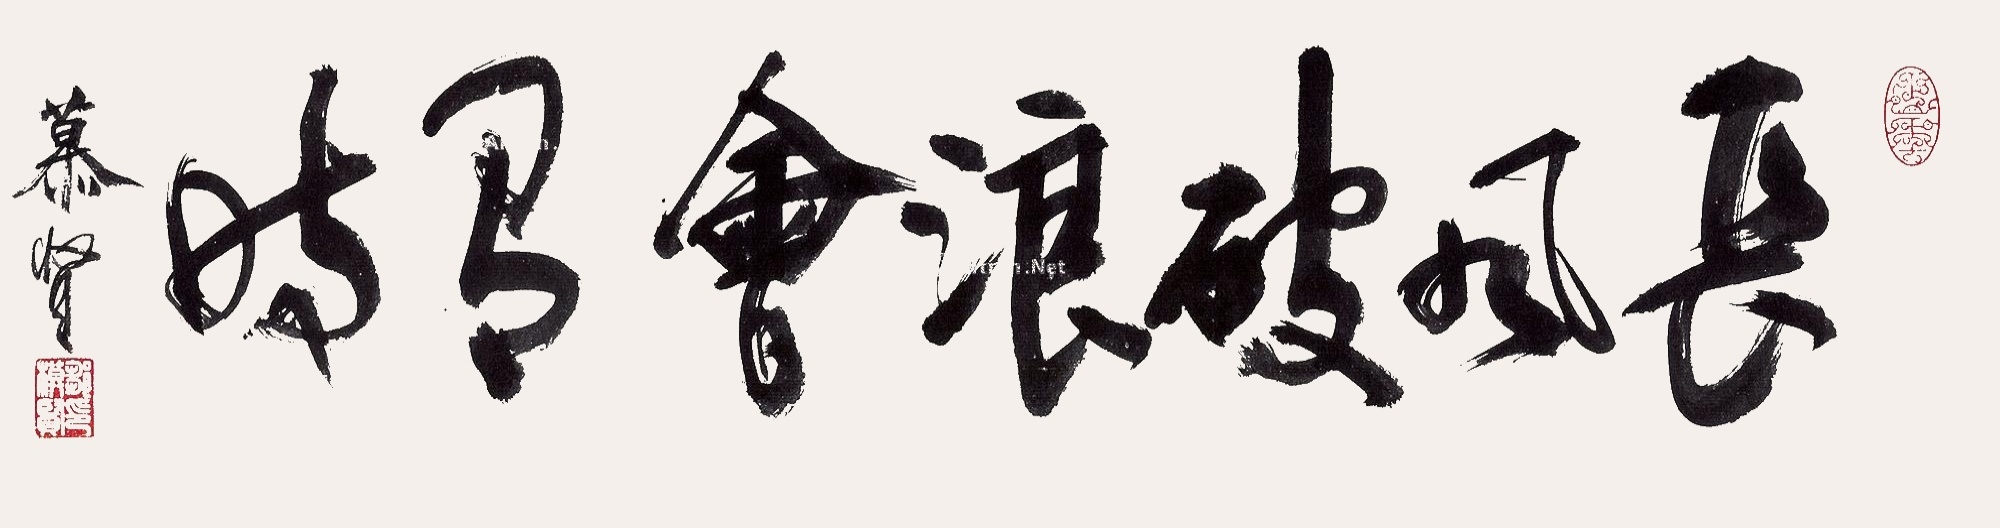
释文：长风破浪会有时慕贤。